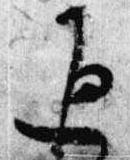
返